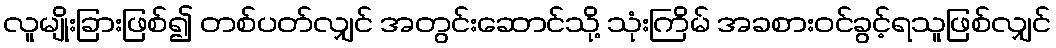
လူမျိုးခြားဖြစ်၍ တစ်ပတ်လျှင် အတွင်းဆောင်သို့ သုံးကြိမ် အခစားဝင်ခွင့်ရသူဖြစ်လျှင်